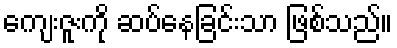
ကျေးဇူးကို ဆပ်နေခြင်းသာ ဖြစ်သည်။